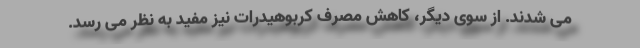
می شدند. از سوی دیگر، کاهش مصرف کربوهیدرات نیز مفید به نظر می رسد.